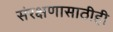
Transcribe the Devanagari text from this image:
संरक्षणासाठीही